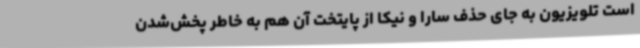
است تلویزیون به جای حذف سارا و نیکا از پایتخت آن هم به خاطر پخش‌شدن